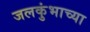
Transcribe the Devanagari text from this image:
जलकुंभाच्या